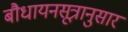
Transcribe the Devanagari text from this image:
बौधायनसूत्रानुसार